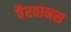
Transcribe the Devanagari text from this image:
वैरवानस